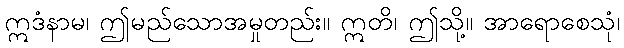
ဣဒံနာမ၊ ဤမည်သောအမှုတည်း။ ဣတိ၊ ဤသို့။ အာရောစေသုံ၊